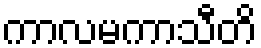
ကာလမကာသီတိ